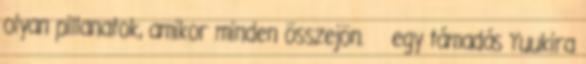
olyan pillanatok, amikor minden összejön. egy támadás Yuukira